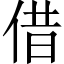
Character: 借